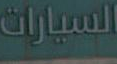
السيارات